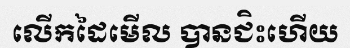
លើកដៃមើល បានជិះហើយ